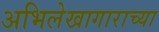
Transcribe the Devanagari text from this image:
अभिलेखागाराच्या